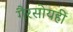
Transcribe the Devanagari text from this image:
गैरसोयही